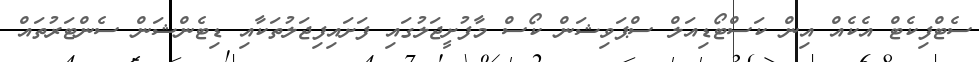
ސެޓްފިކެޓް އެކެއް އިން ކަސްޓޯޑިއަލް ސްޕަވިޝަން ކޯސް މާފުށީޖަލުގައި ފަށައިފިޖަލުތަކާއި ޑިޓެންޝަން ސެންޓަރުތައް